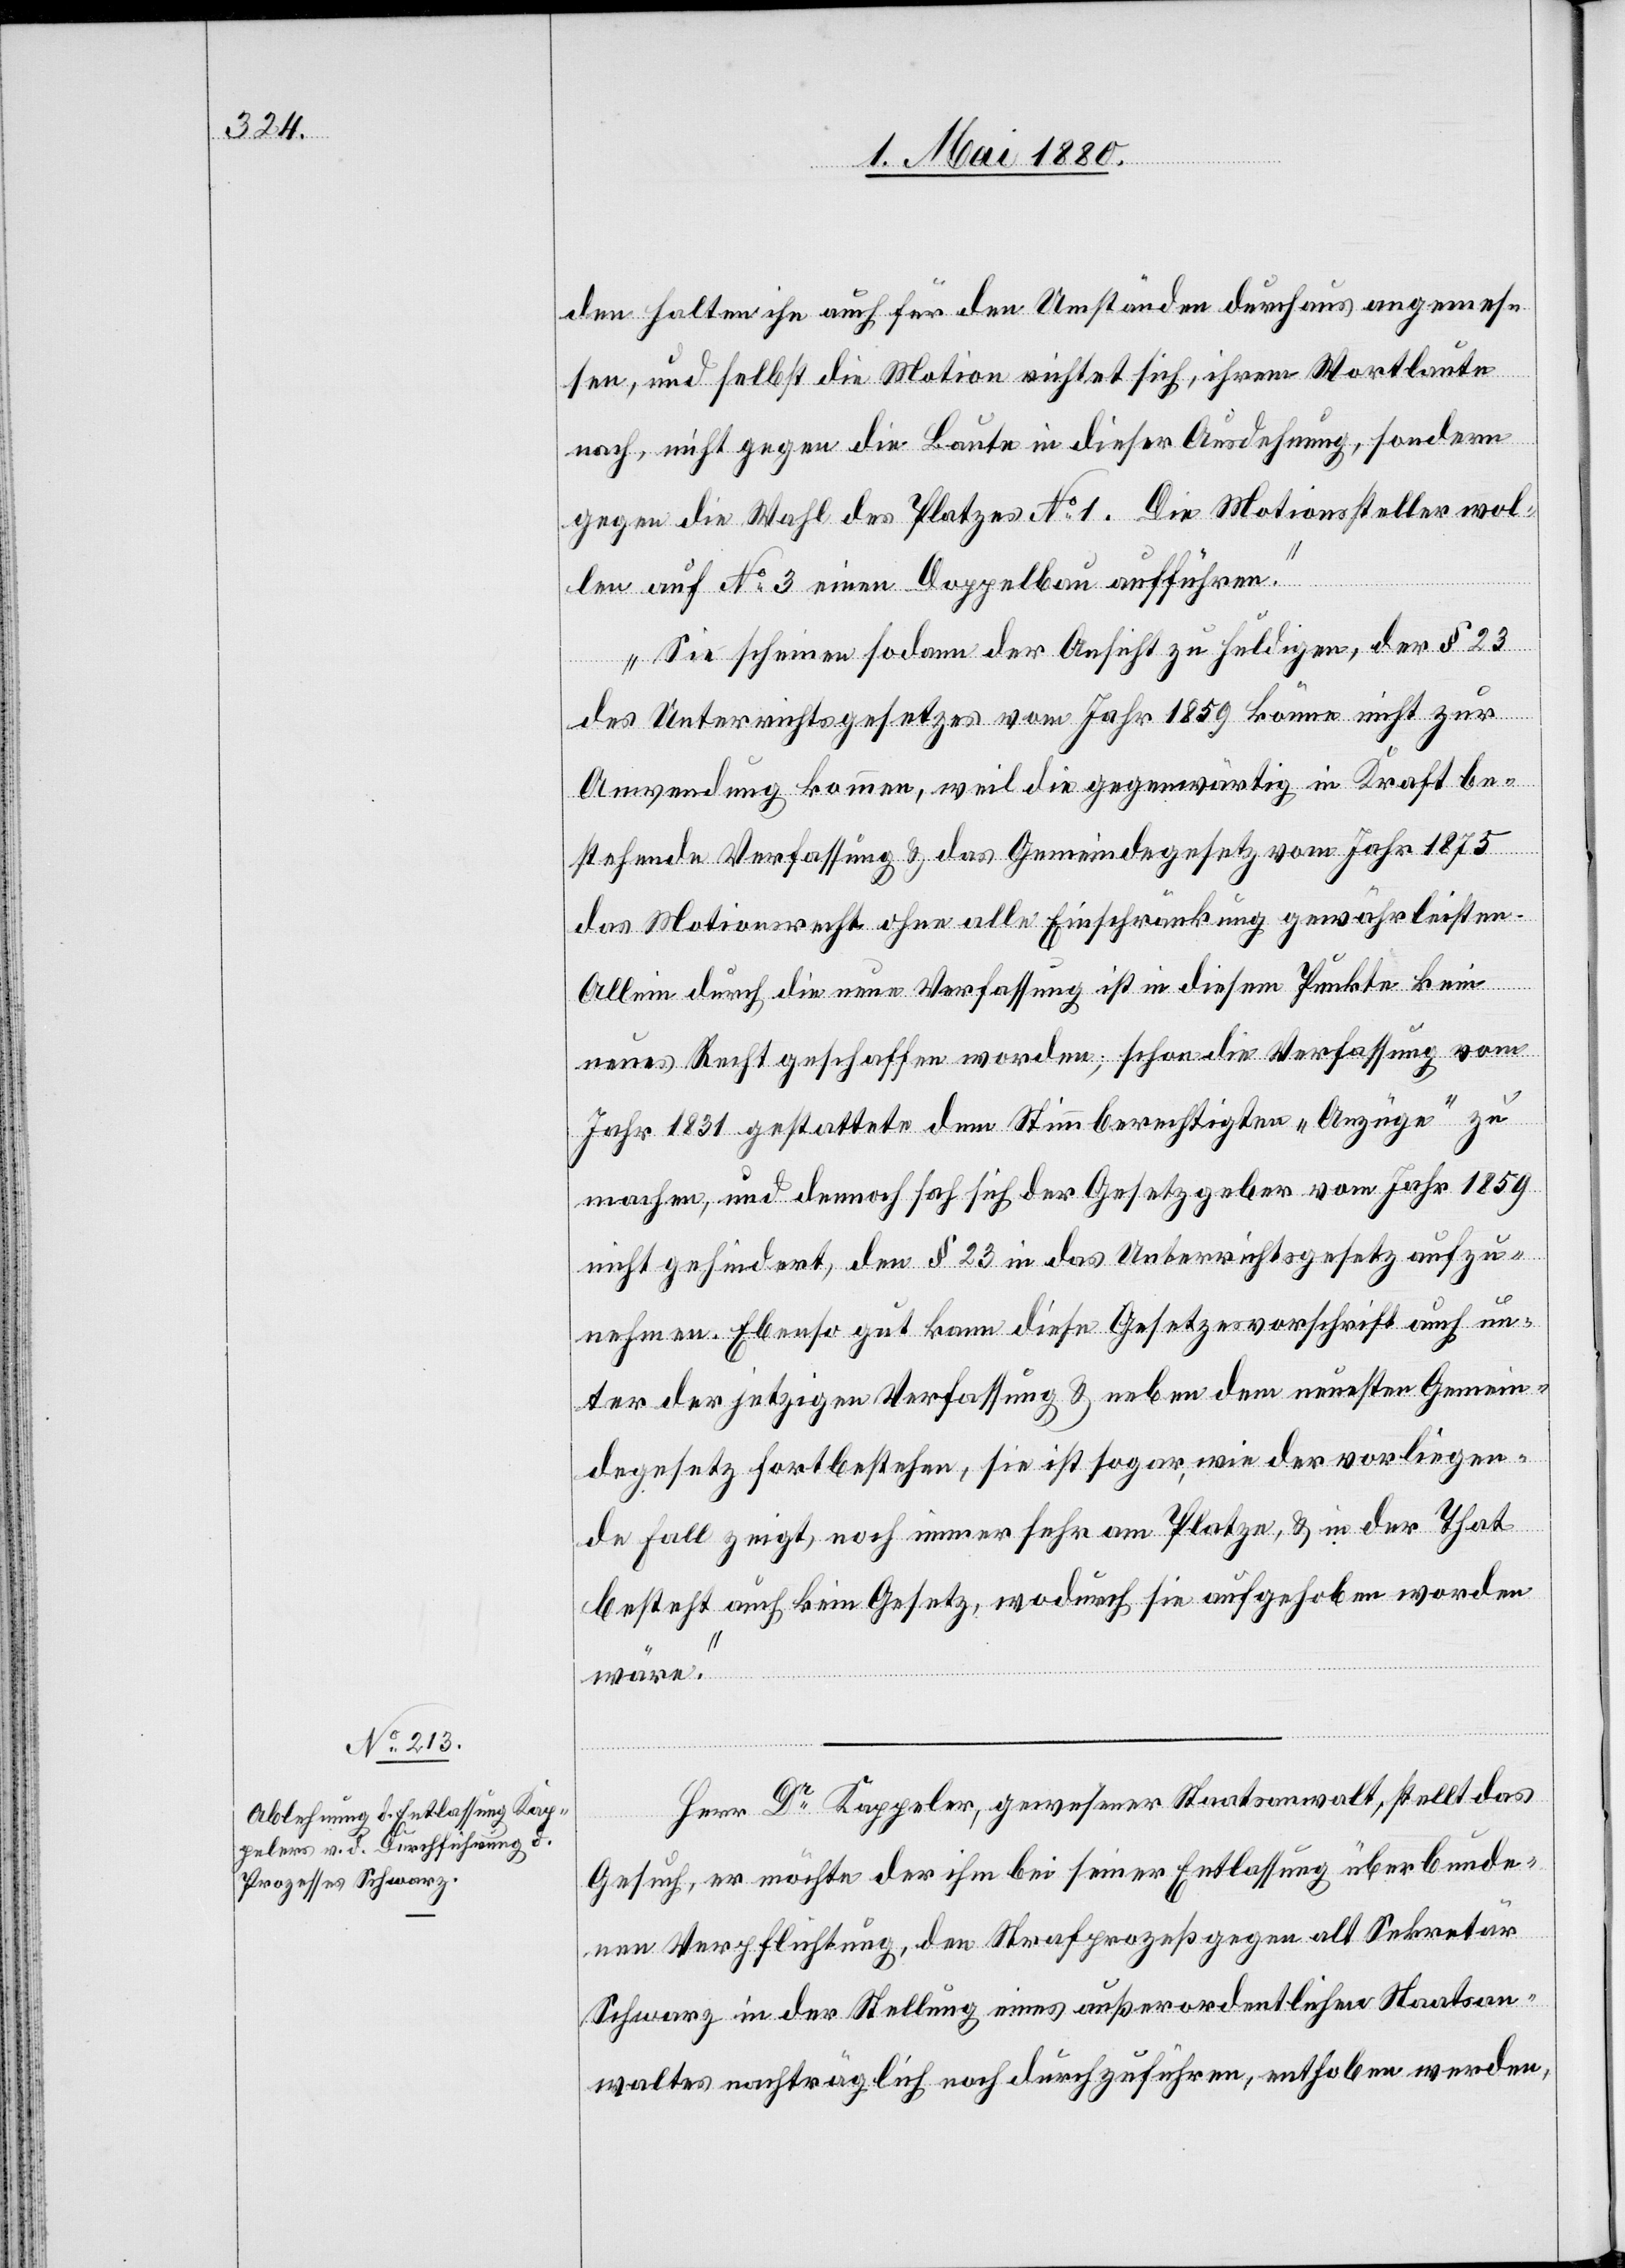
den halten ihn auch für den Umständen durchaus angemes¬
sen, und selbst die Motion richtet sich, ihrem Wortlaute
nach, nicht gegen die Baute in dieser Ausdehnung, sondern
gegen die Wahl des Platzes No 1. Die Motionssteller wol¬
len auf No 3 einen Doppelbau aufführen.
Sie scheinen sodann der Ansicht zu huldigen, der § 23
des Unterrichtsgesetzes vom Jahr 1859 könne nicht zur
Anwendung kommen, weil die gegenwärtig in Kraft be¬
stehende Verfassung & das Gemeindegesetz vom Jahr 1875
das Motionsrecht ohne alle Einschränkung gewährleisten.
Allein durch die neue Verfassung ist in diesem Punkte kein
neues Recht geschaffen worden; schon die Verfassung vom
Jahr 1831 gestattete dem Stimmberechtigten „Anzüge“ zu
machen, und dennoch sah sich der Gesetzgeber vom Jahr 1859
nicht gehindert, den § 23 in das Unterrichtsgesetz aufzu¬
nehmen. Ebenso gut kann diese Gesetzesvorschrift auch un¬
ter der jetzigen Verfassung & neben dem neuesten Gemein¬
degesetz fortbestehen, sie ist sogar, wie der vorliegen¬
de Fall zeigt, noch immer sehr am Platze, & in der That
besteht auch kein Gesetz, wodurch sie aufgehoben worden
wäre.“
Herr Dr Kappeler, gewesener Staatsanwalt, stellt das
Gesuch, er möchte der ihm bei seiner Entlassung überbunde¬
nen Verpflichtung, den Strafprozeß gegen alt Sekretär
Schwarz in der Stellung eines außerordentlichen Staatsan¬
waltes nachträglich noch durchzuführen, enthoben werden,